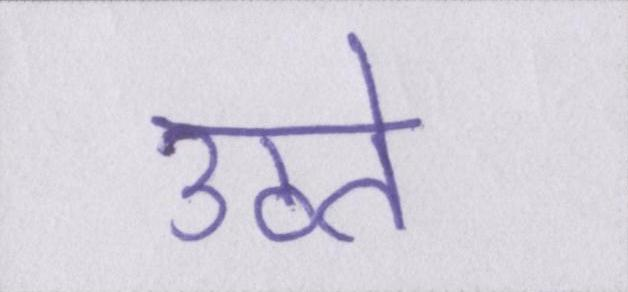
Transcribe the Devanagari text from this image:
उठते